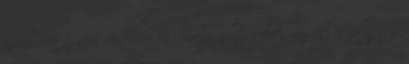
információk az okos döntésekhez Növelje üzleti lehetőségeit és felügyelje